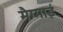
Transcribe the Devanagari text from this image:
मैग्माई